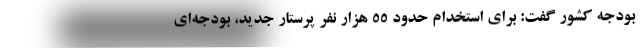
بودجه کشور گفت: برای استخدام حدود ۵۵ هزار نفر پرستار جدید، بودجه‌ای